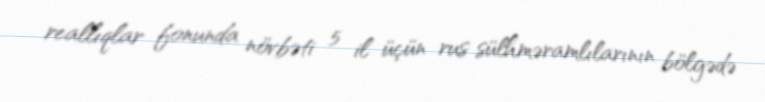
reallıqlar fonunda növbəti 5 il üçün rus sülhməramlılarının bölgədə